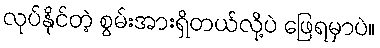
လုပ်နိုင်တဲ့ စွမ်းအားရှိတယ်လို့ပဲ ဖြေရမှာပဲ။